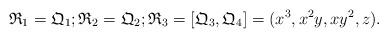
LaTeX: \begin{align*}\mathfrak{R}_{1} = \mathfrak{Q}_{1}; \mathfrak{R}_{2} = \mathfrak{Q}_{2}; \mathfrak{R}_{3} = [\mathfrak{Q}_{3}, \mathfrak{Q}_{4}] = (x^{3}, x^{2}y, xy^{2}, z).\end{align*}